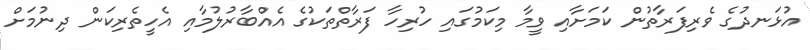
އުޅަނދުގެ ވެރިފަރާތުން ކަމަށާއި ވީމާ މިކަމުގައި ހުރިހާ ފަރާތްތަކުގެ އެއްބާރުލުމާއި އެހީތެރިކަން ދިނުމަށް